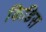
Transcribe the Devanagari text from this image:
किडिस